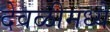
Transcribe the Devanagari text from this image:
देवळीमध्ये